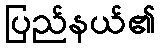
ပြည်နယ်၏